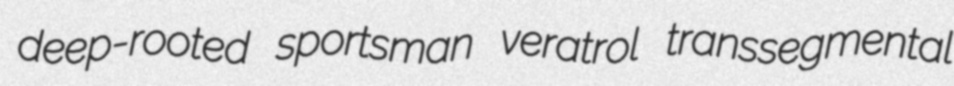
deep-rooted sportsman veratrol transsegmental